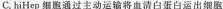
C.hiHep细胞通过主动运输将血清白蛋白运出细胞